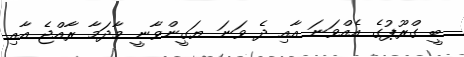
ބީ ގްރޫޕުގެ އެއްވަނަ އާއި ދެ ވަނަ ޔަގީންވާނީ މާދަމާ ރާއްޖެ އާއި